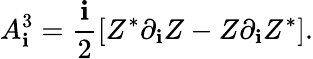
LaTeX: A_{\mathbf{i}}^{3}=\frac{{\mathbf{i}}}{{2}}[Z^{*}\partial_{\mathbf{i}}Z-Z\partial_{\mathbf{i}}Z^{*}].